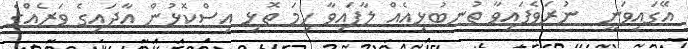
އޭގައިވަނީ  ނުރަވެފައިވާ ތުނބުޅިއެއް ލާފައިވާ ހިމަ ތޮޅި އިސްކޮޅުން އާދައިގެ ވަރެއްގެ